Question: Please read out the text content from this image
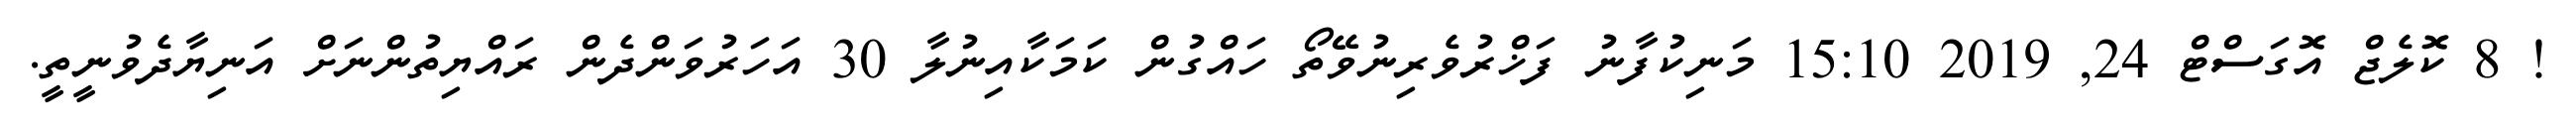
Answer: ! 8 ކޮލެޖް އޮގަސްޓް 24, 2019 15:10 މަނިކުފާނު ފަޚްރުވެރިނުވޭތޯ ހައްގުން ކަމަކާއިނުލާ 30 އަހަރުވަންދެން ރައްޔިތުންނަށް އަނިޔާދެވުނީތީ.